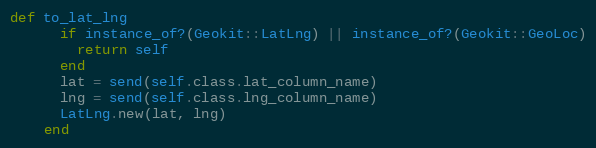
Language: Ruby
def to_lat_lng
      if instance_of?(Geokit::LatLng) || instance_of?(Geokit::GeoLoc)
        return self
      end
      lat = send(self.class.lat_column_name)
      lng = send(self.class.lng_column_name)
      LatLng.new(lat, lng)
    end